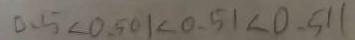
0 . 5 < 0 . 5 0 1 < 0 . 5 1 < 0 . 5 1 1